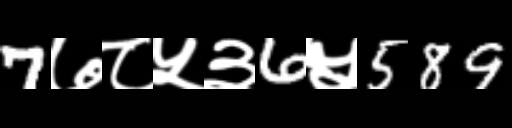
Text: 7७८५३6५589